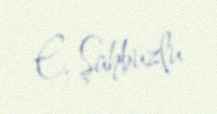
E. Şahbuzlu